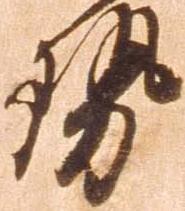
勢